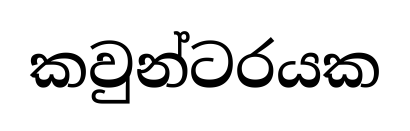
කවුන්ටරයක